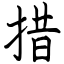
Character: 措